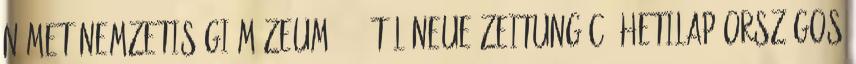
Német Nemzetiségi Múzeum 1972-től Neue Zeitung c. hetilap országos